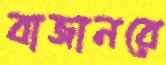
বাজানরে